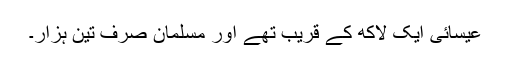
عیسائی ایک لاکھ کے قریب تھے اور مسلمان صرف تین ہزار۔